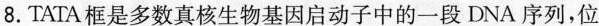
8.TATA框是多数真核生物基因启动子中的一段DNA序列，位